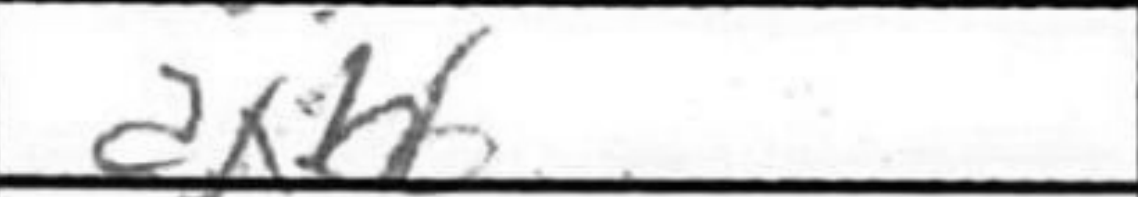
Transcription: dxb6